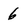
Character: 6